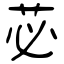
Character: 苾